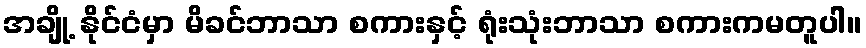
အချို့ နိုင်ငံမှာ မိခင်ဘာသာ စကားနှင့် ရုံးသုံးဘာသာ စကားကမတူပါ။